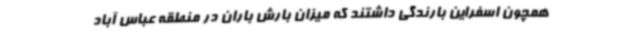
همچون اسفراین بارندگی داشتند که میزان بارش باران در منطقه عباس آباد